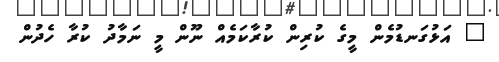
" އަޅުގަނޑުމެން މީގެ ކުރިން ކުރާކަމެއް ނޫން މީ ނަމާދު ކުރާ ހެދުން